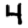
Digit: 4